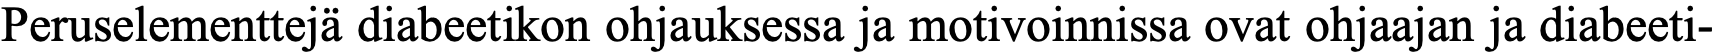
Peruselementtejä diabeetikon ohjauksessa ja motivoinnissa ovat ohjaajan ja diabeeti-